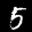
Label: 5